King Institute of Preventive Medicine Micro-Biological Section reports 1912-19
Year: 1912
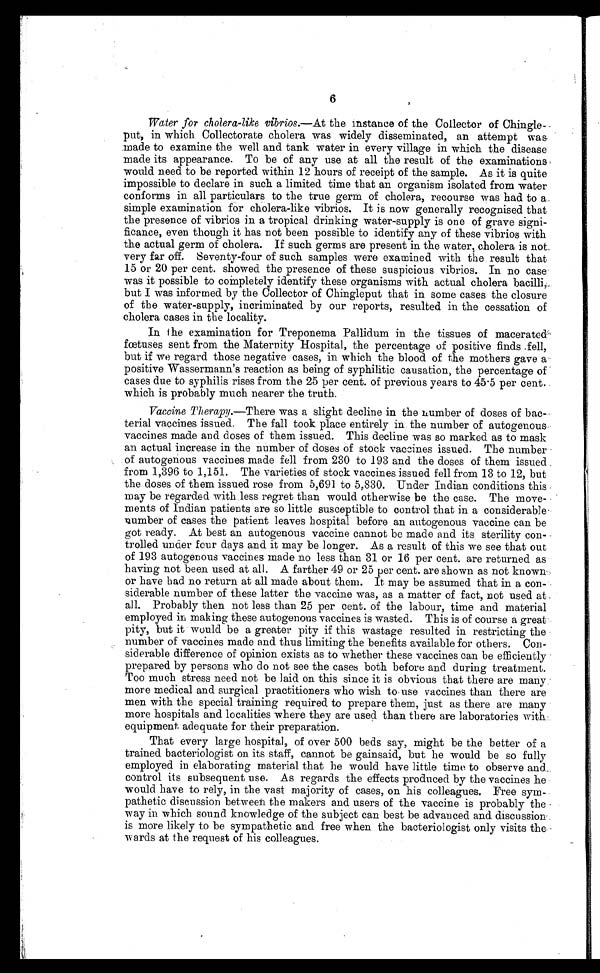
6
Water for cholera-like vibrios.—At the instance of the Collector of Chingle-
put, in which Collectorate cholera was widely disseminated, an attempt was
.made to examine the well and tank water in every village in which the disease
made its appearance. To be of any use at all the result of the examinations
would need to be reported within 12 hours of receipt of the sample. As it is quite
impossible to declare in such a limited time that an organism isolated from water
conforms in all particulars to the true germ of cholera, recourse was had to a
simple examination for cholera-like vibrios. It is now generally recognised that
the presence of vibrios in a tropical drinking water-supply is one of grave signi--
ficance, even though it has not been possible to identify any of these vibrios with
the actual germ of cholera. If such germs are present in the water, cholera is not
very far off. Seventy-four of such samples were examined with the result that
15 or 20 per cent. showed the presence of these suspicious vibrios. In no case
was it possible to completely identify these organisms with actual cholera bacilli,
but I was informed by the Collector of Chingleput that in some cases the closure
of the water-supply, incriminated by our reports, resulted in the cessation of
cholera cases in the locality.
In t he examination for Treponema Pallidum in the tissues of macerated
fœtuses sent from the Maternity Hospital, the percentage of positive finds fell,
but if we regard those negative cases, in which the blood of the mothers gave a
positive Wassermann's reaction as being of syphilitic causation, the percentage of
cases due to syphilis rises from the 25 per cent. of previous years to 45 . 5 per cent.
which is probably much nearer the truth.
Vaccine Therapy.—There was a slight decline in the number of doses of bac-
terial vaccines issued. The fall took place entirely in the number of autogenous
vaccines made and doses of them issued. This decline was so marked as to mask
an actual increase in the number of doses of stock vaccines issued. The number
of autogenous vaccines made fell from 230 to 193 and the doses of them issued
from 1,396 to 1,151. The varieties of stock vaccines issued fell from 13 to 12, but
the doses of them issued rose from 5,691 to 5,830. Under Indian conditions this
may be regarded with less regret than would otherwise be the case. The move-
-ments of Indian patients are so little susceptible to control that in a considerable
number of cases the patient leaves hospital before an autogenous vaccine can be
got ready. At best an autogenous vaccine cannot be made and its sterility con-
trolled under four days and it may be longer. As a result of this we see that out
of 193 autogenous vaccines made no less than 31 or 16 per cent. are returned as
having not been used at all. A farther 49 or 25 per cent. are shown as not known
or have had no return at all made about them. It may be assumed that in a con-
siderable number of these latter the vaccine was, as a matter of fact, not used at
all. Probably then not less than 25 per cent. of the labour, time and material
employed in making these autogenous vaccines is wasted. This is of course a great
pity, but it would be a greater pity if this wastage resulted in restricting the
number of vaccines made and thus limiting the benefits available for others. Con--
siderable difference of opinion exists as to whether these vaccines can be efficiently
prepared by persons who do not see the cases both before and during treatment.
Too much stress need not be laid on this since it is obvious that there are many
more medical and surgical practitioners who wish to use vaccines than there are
men with the special training required to prepare them, just as there are many
more hospitals and localities where they are used than there are laboratories with
equipment adequate for their preparation.
That every large hospital, of over 500 beds say, might be the better of a
trained bacteriologist on its staff, cannot be gainsaid, but he would be so fully
employed in elaborating material that he would have little time to observe and..
control its subsequent use. As regards the effects produced by the vaccines he
would have to rely, in the vast majority of cases, on his colleagues. Free sym-
pathetic discussion between the makers and users of the vaccine is probably the
way in which sound knowledge of the subject can best be advanced and discussion
is more likely to be sympathetic and free when the bacteriologist only visits the
wards at the request of his colleagues.